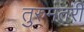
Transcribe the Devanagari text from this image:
तुरुमतरी